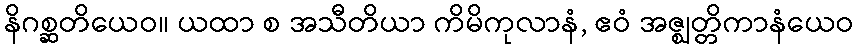
နိဂစ္ဆတိယေဝ။ ယထာ စ အသီတိယာ ကိမိကုလာနံ, ဧဝံ အဇ္ဈတ္တိကာနံယေဝ